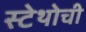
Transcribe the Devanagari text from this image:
स्टेथोची